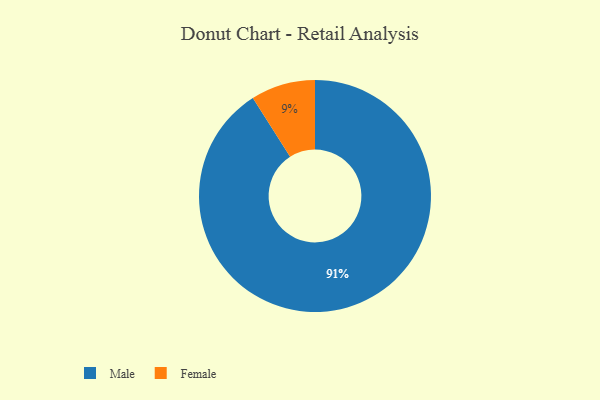
{"axis": {"x": "Category", "y": "Percentage"}, "legend": ["Female", "Male"], "data": [{"x": "Male", "y": 91, "type": "Male"}, {"x": "Female", "y": 9, "type": "Female"}]}